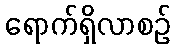
ရောက်ရှိလာစဉ်